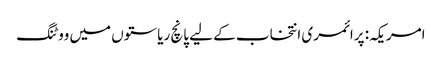
امریکہ: پرائمری انتخاب کے لیے پانچ ریاستوں میں ووٹنگ